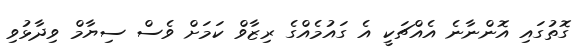
ގޮތުގައި އޮންނާނެ އެއްޗަކީ އެ ގައުމެއްގެ ރިޒާވް ކަމަށް ވެސް ސިޔާމް ވިދާޅުވި